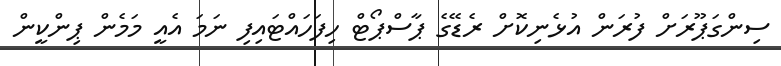
ސިންގަޕޫރަށް ފުރަން އުޅެނިކޮށް ރެޑޭގެ ޕާސްޕޯޓް ހިފަހައްޓައިފި ނަމަ އެއީ މަމެން ޕިންކީން